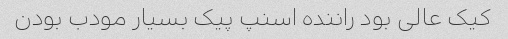
کیک عالی بود راننده اسنپ پیک بسیار مودب بودن